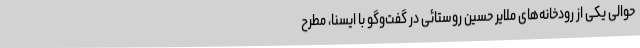
حوالی یکی از رودخانه‌های ملایر حسین روستائی در گفت‌وگو با ایسنا، مطرح